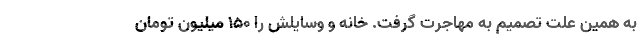
به همین علت تصمیم به مهاجرت گرفت. خانه و وسایلش را 150 میلیون تومان